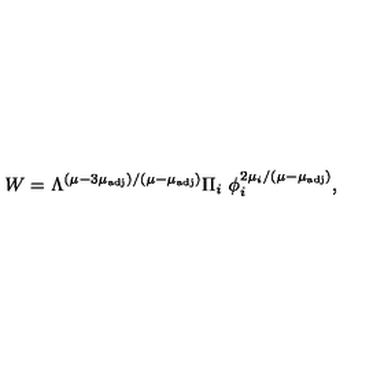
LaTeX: W = \Lambda ^ { \left( \mu - 3 \mu _ { \mathrm { a d j } } \right) / \left( \mu - \mu _ { \mathrm { a d j } } \right) } \Pi _ { i } \ \phi _ { i } ^ { 2 \mu _ { i } / \left( \mu - \mu _ { \mathrm { a d j } } \right) } ,